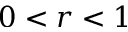
0 < r < 1